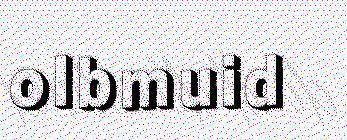
olbmuid